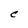
Character: C